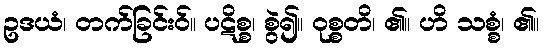
ဥဒယံ၊ တက်ခြင်းဝ်။ ပဋိစ္စ၊ စွဲ၍။ ဝုစ္စတိ၊ ၏။ ဟိ သစ္စံ၊ ၏။